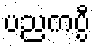
ပညကပ္ပီ